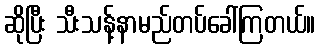
ဆိုပြီး သီးသန့်နာမည်တပ်ခေါ်ကြတယ်။